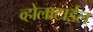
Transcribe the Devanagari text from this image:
व्होलाटाईल